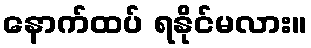
နောက်ထပ် ရနိုင်မလား။